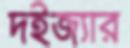
দইজ্যার